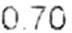
0.70